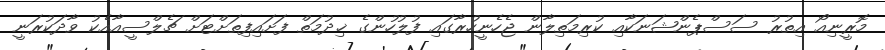
މޮރީނިއޯ އިތުރު ސަސްޕެންޝަނަކާއި ކުރިމަތިލާން ޖެހެނީހުރާގައި ފުލުހުންގެ ޚިދުމަތް ފަށައިފިތަށްޓަށް ޗެލްސީއާއެކު ވާދަކުރަނީ